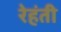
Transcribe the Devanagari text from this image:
रेहंती